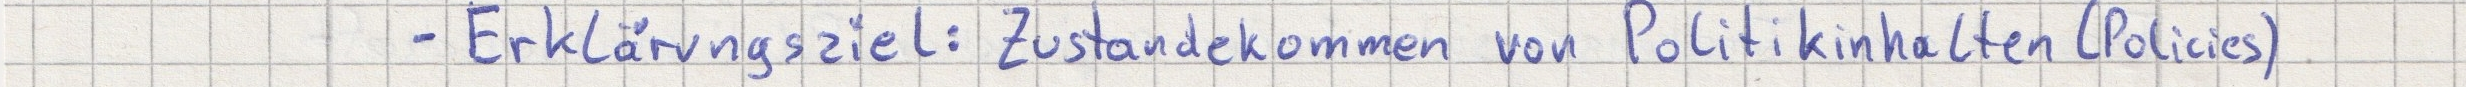
- Erklärungsziel: Zustandekommen von Politikinhalten (Policies)